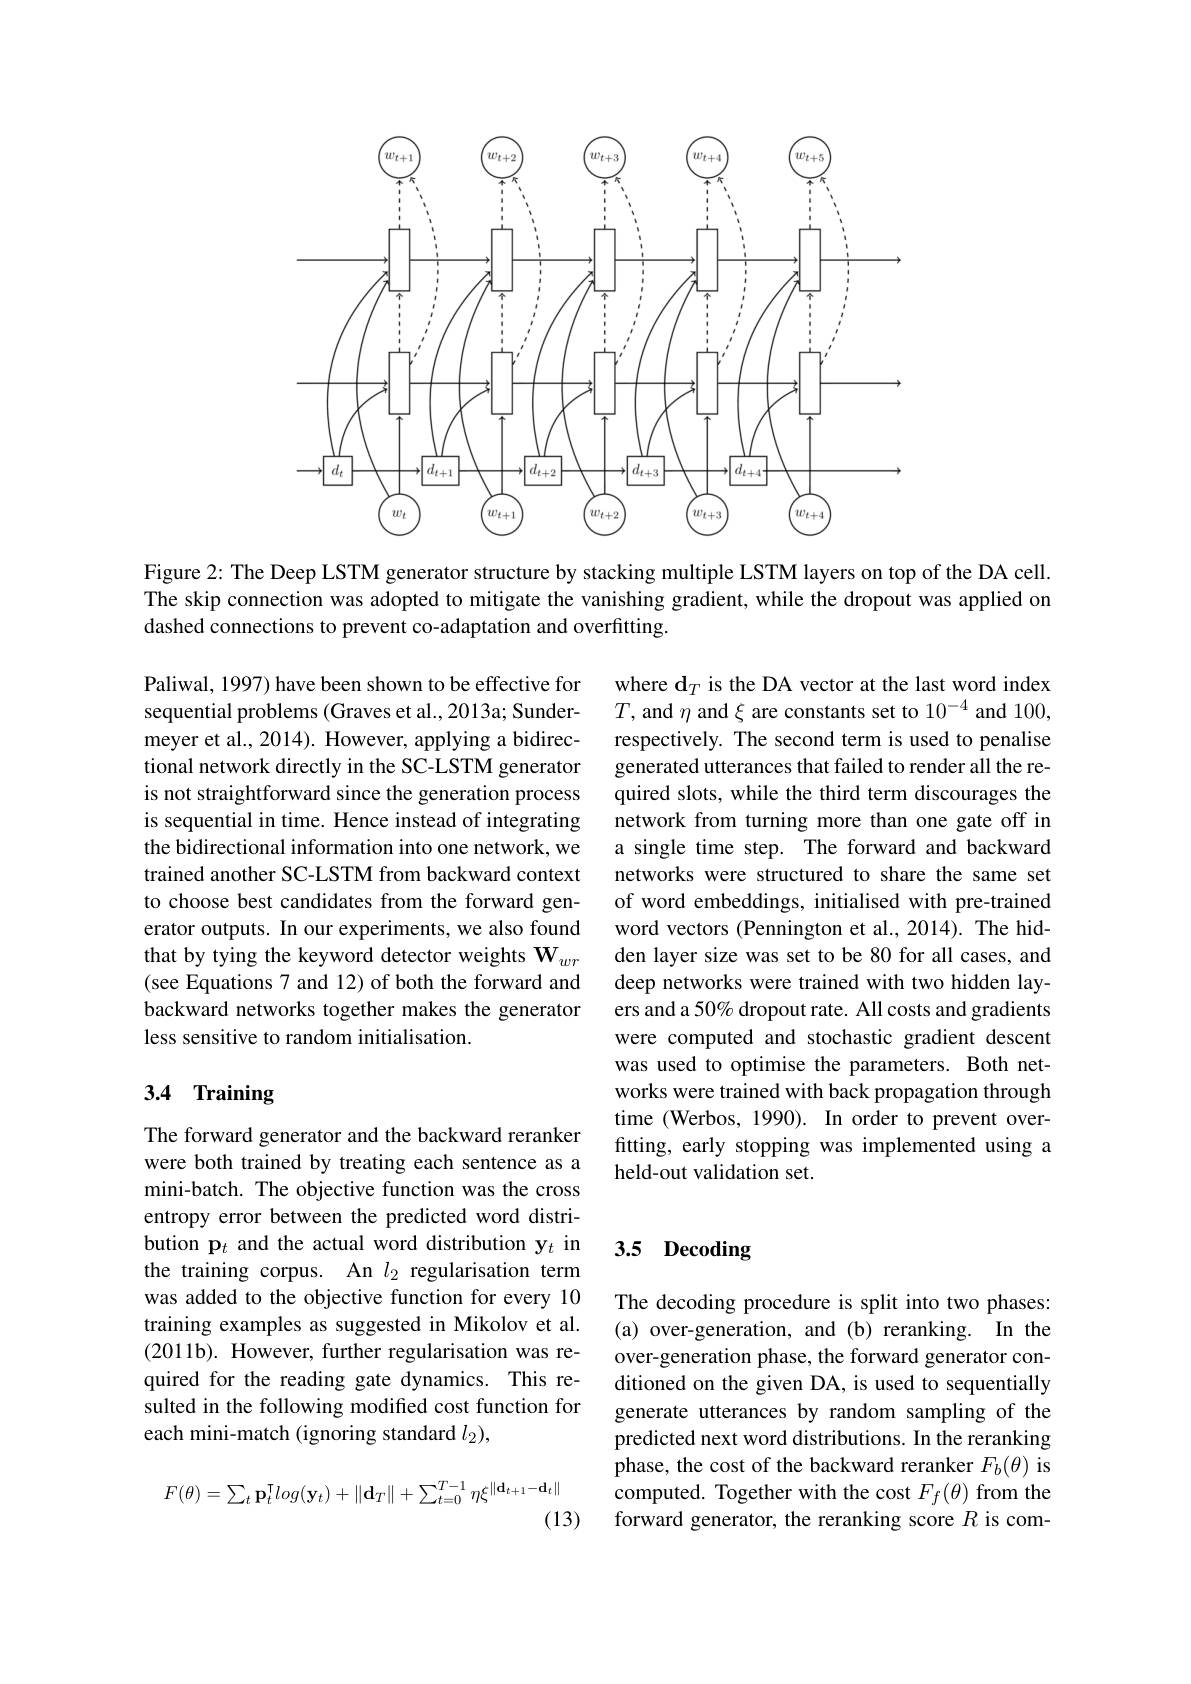
<FigureHere>
Figure 2: The Deep LSTM generator structure by stacking multiple LSTM layers on top of the DA cell.

The skip connection was adopted to mitigate the vanishing gradient, while the dropout was applied on
dashed connections to prevent co-adaptation and overfitting.

Paliwal, 1997) have been shown to be effective for sequential problems (Graves et al.,2013a; Sundermeyer et al., 2014). However, applying a bidirectional network directly in the SC-LSTM generator is not straightforward since the generation process is sequential in time. Hence instead of integrating the bidirectional information into one network, we trained another SC-LSTM from backward context to choose best candidates from the forward generator outputs. In our experiments, we also found that by tying the keyword detector weights $\mathbf{W}_{wr}$ (see Equations 7 and 12) of both the forward and backward networks together makes the generator less sensitive to random initialisation.

where $\mathbf{d}_T$ is the DA vector at the last word index $T$, and $\eta$ and $\xi$ are constants set to $10^-4$ and 100, respectively. The second term is used to penalise generated utterances that failed to render all the required slots, while the third term discourages the network from turning more than one gate off in a single time step. The forward and backward networks were structured to share the same set of word embeddings, initialised with pre-trained word vectors (Pennington et al.,2014). The hidden layer size was set to be 80 for all cases, and deep networks were trained with two hidden layers and a 50% dropout rate. All costs and gradients were computed and stochastic gradient descent was used to optimise the parameters. Both networks were trained with back propagation through time (Werbos, 1990). In order to prevent overfitting, early stopping was implemented using a held-out validation set.

# 3.4 Training

## 3.5 Decoding

The forward generator and the backward reranker were both trained by treating each sentence as a mini-batch. The objective function was the cross entropy error between the predicted word distribution p$_t$ and the actual word distribution y$_t$ in the training corpus. An $l_{2}$ regularisation term was added to the objective function for every 10 training examples as suggested in Mikolov et al. (2011b). However, further regularisation was required for the reading gate dynamics. This resulted in the following modified cost function for each mini-match (ignoring standard $l_2)$,

The decoding procedure is split into two phases: (a) over-generation, and (b) reranking. In the over-generation phase, the forward generator conditioned on the given DA, is used to sequentially generate utterances by random sampling of the predicted next word distributions. In the reranking phase, the cost of the backward reranker $F_b(\theta)$ is computed. Together with the cost $F_f(\theta)$ from the forward generator, the reranking score $R$ is com-
$$F(\theta)=\sum_t\mathbf{p}_t^\intercal log(\mathbf{y}_t)+\|\mathbf{d}_T\|+\sum_{t=0}^{T-1}\eta\xi^{\|\mathbf{d}_{t+1}-\mathbf{d}_t\|}$$
(13)